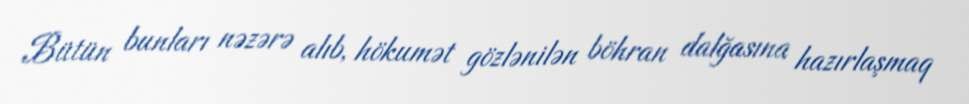
Bütün bunları nəzərə alıb, hökumət gözlənilən böhran dalğasına hazırlaşmaq